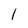
Character: l